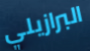
البرازيلي